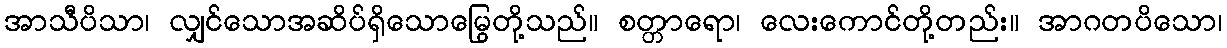
အာသီပိသာ၊ လျှင်သောအဆိပ်ရှိသောမြွေတို့သည်။ စတ္တာရော၊ လေးကောင်တို့တည်း။ အာဂတပိသော၊